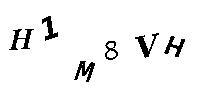
H1M8VH